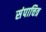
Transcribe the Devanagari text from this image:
संपाचित्र